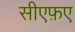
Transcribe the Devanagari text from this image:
सीएफ़ए